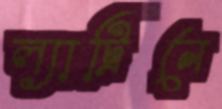
ল্যাট্রিনে